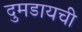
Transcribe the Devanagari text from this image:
दुमडायची